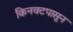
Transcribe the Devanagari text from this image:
किनवटपासून